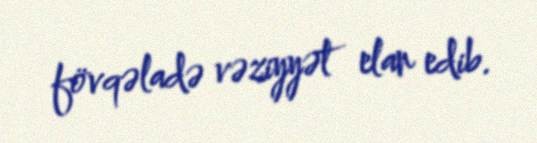
fövqəladə vəziyyət elan edib.